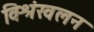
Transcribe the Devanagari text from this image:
विश्रंखलन